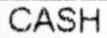
CASH